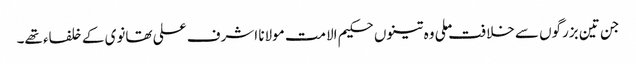
جن تین بزرگوں سے خلافت ملی وہ تینوں حکیم الامت مولانا اشرف علی تھانوی کے خلفاء تھے۔